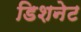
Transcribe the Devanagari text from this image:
डिशनेट